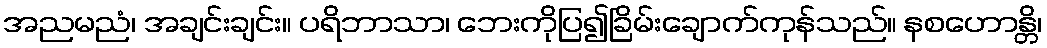
အညမညံ၊ အချင်းချင်း။ ပရိဘာသာ၊ ဘေးကိုပြ၍ခြိမ်းချောက်ကုန်သည်။ နစဟောန္တိ၊